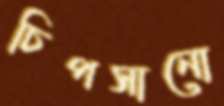
চিপসানো